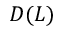
D ( L )